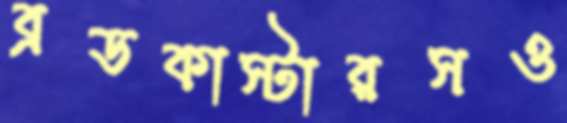
ব্রডকাস্টারসও